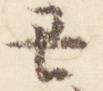
丑